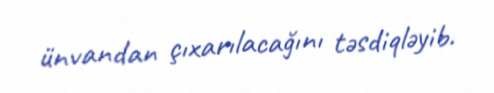
ünvandan çıxarılacağını təsdiqləyib.